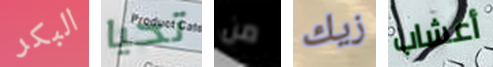
البكر تحيا من زيك أعشاب